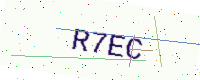
Text: R7EC